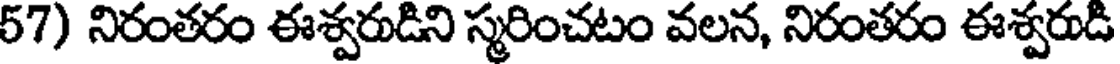
57) నిరంతరం ఈశ్వరుడిని స్మరించటం వలన, నిరంతరం ఈశ్వరుడి